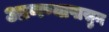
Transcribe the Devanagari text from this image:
आणण्यापासुन